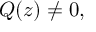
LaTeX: Q ( z ) \neq 0 ,